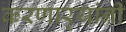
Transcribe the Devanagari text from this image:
करणार्‍यांनी